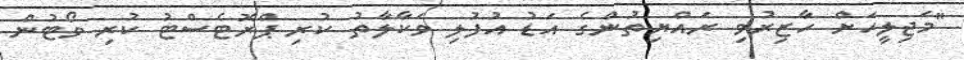
"މަޖިލީހަށް ހާޒިރުވި ރައްޔިތުންގެ އަޑު އުފުލި ވަކާލާތު ކުރި ޕްރޮޓެސްޓު ކުރި ވޯޓުން